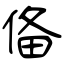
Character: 俻